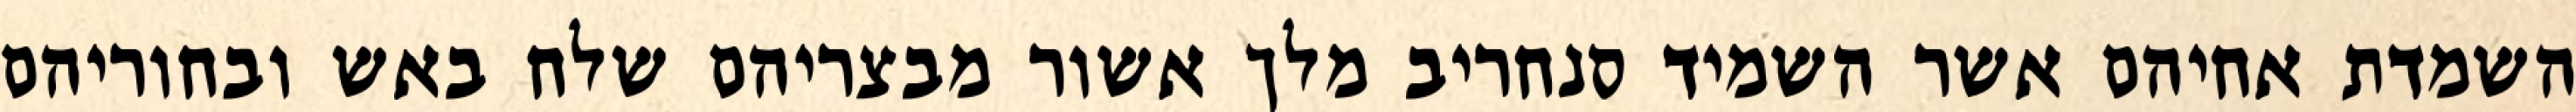
השמדת אחיהם אשר השמיד סנחריב מלך אשור מבצריהם שלח באש ובחוריהם